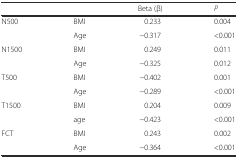
|  |  | Beta (β) | P |
 | --- | --- | --- | --- |
 | <ROWSPAN=2> N500 | BMI | 0.233 | 0.004 |
 | Age | −0.317 | <0.001 |
 | <ROWSPAN=2> N1500 | BMI | 0.249 | 0.011 |
 | Age | −0.325 | 0.012 |
 | <ROWSPAN=2> T500 | BMI | −0.402 | 0.001 |
 | Age | −0.289 | <0.001 |
 | <ROWSPAN=2> T1500 | BMI | 0.204 | 0.009 |
 | age | −0.423 | <0.001 |
 | <ROWSPAN=2> FCT | BMI | 0.243 | 0.002 |
 | Age | −0.364 | <0.001 |